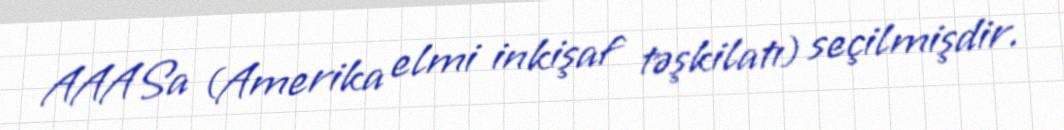
AAASa (Amerika elmi inkişaf təşkilatı) seçilmişdir.